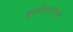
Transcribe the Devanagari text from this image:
पुनर्संरचनात्मक